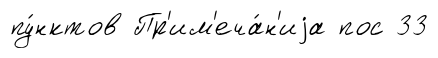
пу́нктов Пр'им'еча́н'иjа пос 33